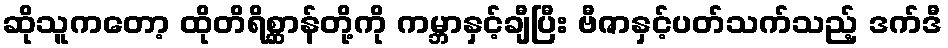
ဆိုသူကတော့ ထိုတိရိစ္ဆာန်တို့ကို ကမ္ဘာနှင့်ချီပြီး ဗီဇာနှင့်ပတ်သက်သည့် ဒက်ဒီ